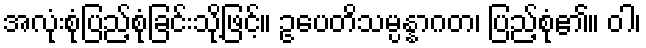
အလုံးစုံပြည့်စုံခြင်းသို့ဖြင့်။ ဥပေတိသမ္ပန္နာဂတ၊ ပြည့်စုံ၏။ ဝါ၊